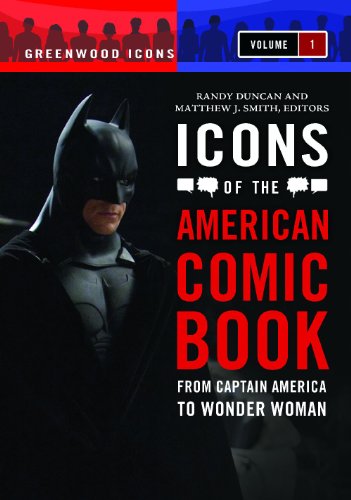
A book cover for Icons of the American Comic Book [2 volumes]: From Captain America to Wonder Woman (Greenwood Icons); Comics & Graphic Novels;